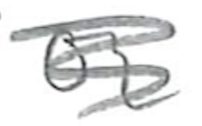
Text: or
Cross-out: mix
Writing tool: pencil